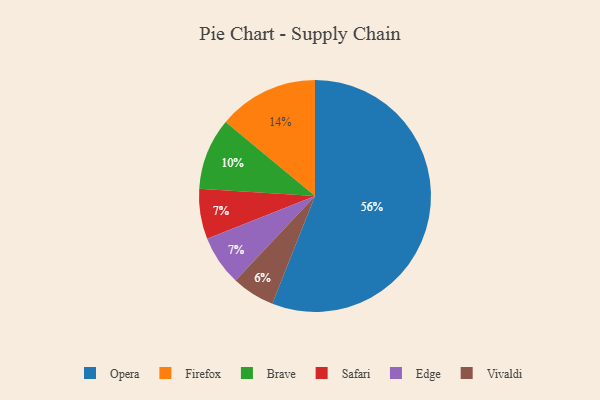
{"axis": {"x": "Category", "y": "Percentage"}, "legend": ["Brave", "Edge", "Firefox", "Opera", "Safari", "Vivaldi"], "data": [{"x": "Opera", "y": 56, "type": "Opera"}, {"x": "Safari", "y": 7, "type": "Safari"}, {"x": "Firefox", "y": 14, "type": "Firefox"}, {"x": "Vivaldi", "y": 6, "type": "Vivaldi"}, {"x": "Edge", "y": 7, "type": "Edge"}, {"x": "Brave", "y": 10, "type": "Brave"}]}